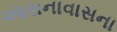
આસનાવાસના